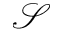
\mathcal S